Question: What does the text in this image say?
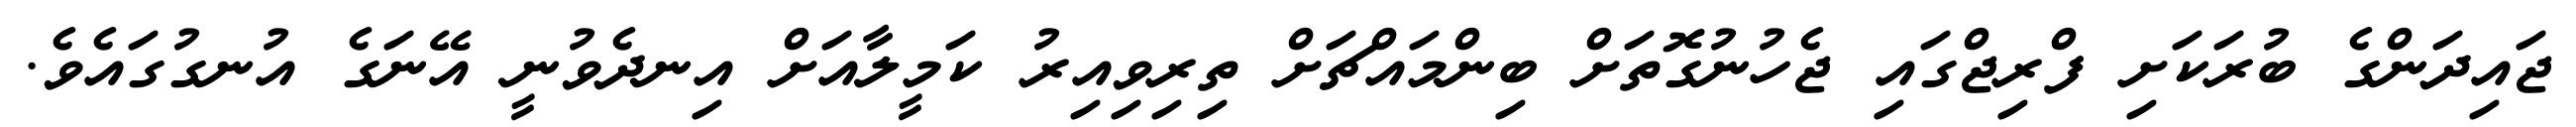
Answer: ޖައިދަންގެ ބުރަކަށި ފްރިޖްގައި ޖެހުނުގޮތަށް ބިންމައްޗަށް ތިރިވިއިރު ކަމީލާއަށް އިނދެވުނީ އޭނަގެ އުނގުގައެވެ.